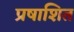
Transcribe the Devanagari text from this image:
प्रषाशित